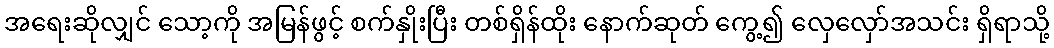
အရေးဆိုလျှင် သော့ကို အမြန်ဖွင့် စက်နှိုးပြီး တစ်ရှိန်ထိုး နောက်ဆုတ် ကွေ့၍ လှေလှော်အသင်း ရှိရာသို့